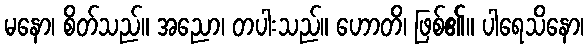
မနော၊ စိတ်သည်။ အညော၊ တပါးသည်။ ဟောတိ၊ ဖြစ်၏။ ပါရေသိနော၊